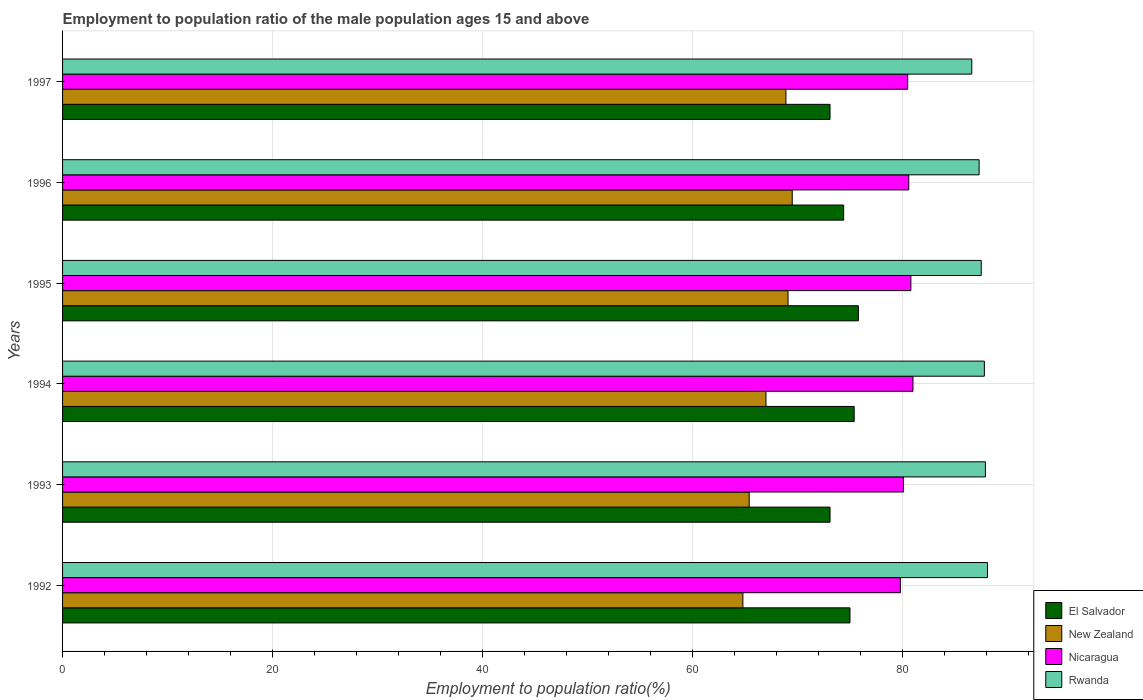
| Years | El Salvador | New Zealand | Nicaragua | Rwanda |
 | --- | --- | --- | --- | --- |
 | 1992 | 75 | 64.8 | 79.8 | 88.1 |
 | 1993 | 73.1 | 65.4 | 80.1 | 87.9 |
 | 1994 | 75.4 | 67 | 81 | 87.8 |
 | 1995 | 75.8 | 69.1 | 80.8 | 87.5 |
 | 1996 | 74.4 | 69.5 | 80.6 | 87.3 |
 | 1997 | 73.1 | 68.9 | 80.5 | 86.6 |